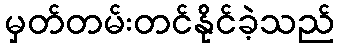
မှတ်တမ်းတင်နိုင်ခဲ့သည်